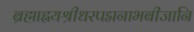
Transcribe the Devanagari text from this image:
ब्रह्माह्नयश्रीधरपद्मनाभबीजानि